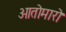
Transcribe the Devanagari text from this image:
ओतोमारो